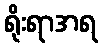
ရိုးရာအရ